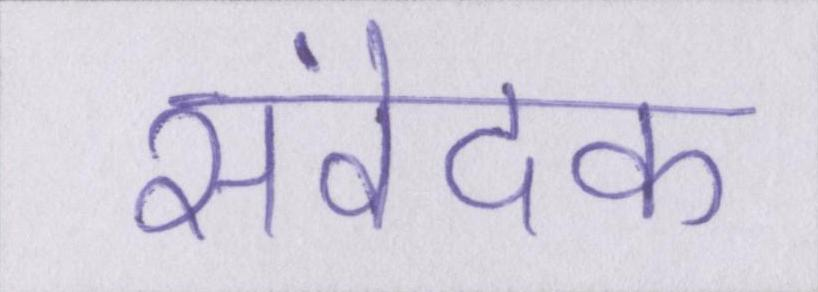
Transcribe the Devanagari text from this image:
संवेदक